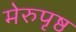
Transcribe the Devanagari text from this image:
मेरुपृष्ठ